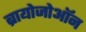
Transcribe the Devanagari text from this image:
ब्रायोजोऑन